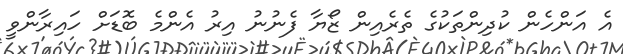
އެ އަންހެން ކުދިންތަކުގެ ތެރެއިން ޒޯޔާ ފެނުނު އިރު އެންމެ ބޮޑަށް ހައިރާންވީ